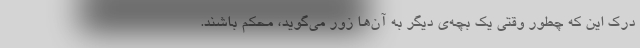
درک این که چطور وقتی یک بچه‌ی دیگر به آن‌ها زور می‌گوید، محکم باشند.